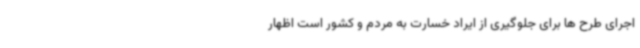
اجرای طرح ها برای جلوگیری از ایراد خسارت به مردم و کشور است اظهار